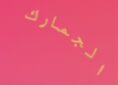
الجمارك